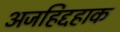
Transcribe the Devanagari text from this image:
अजहिद्दहाक